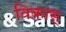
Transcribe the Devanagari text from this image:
विकास्